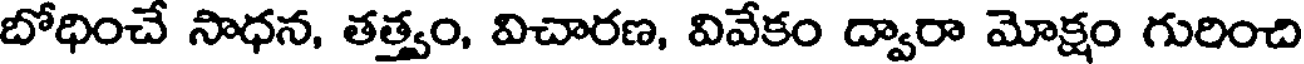
బోధించే సాధన, తత్వం, విచారణ, వివేకం ద్వారా మోక్షం గురించి